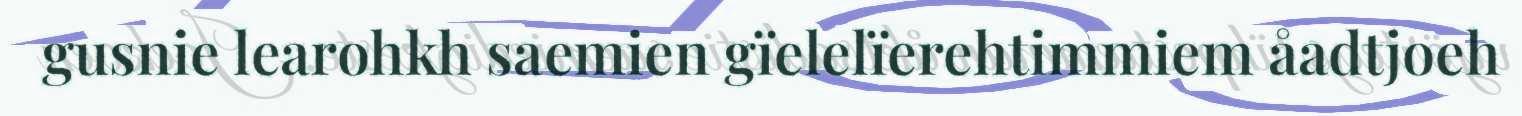
gusnie learohkh saemien gïelelïerehtimmiem åadtjoeh